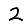
Digit: 2